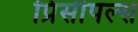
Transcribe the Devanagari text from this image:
प्रिंसीपल्स